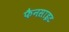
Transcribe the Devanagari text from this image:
फैनसाइट